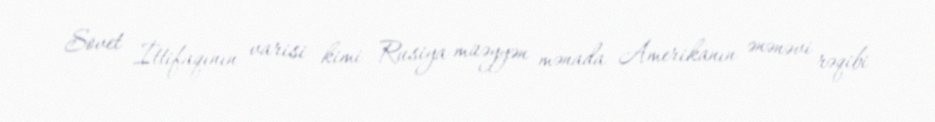
Sovet İttifaqının varisi kimi Rusiya müəyyən mənada Amerikanın ənənəvi rəqibi